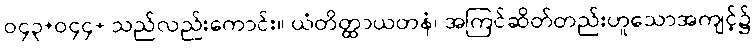
ဝ၄၃+ဝ၄၄+ သည်လည်းကောင်း။ ယံတိတ္ထာယတနံ၊ အကြင်ဆိတ်တည်းဟူသောအကျင့်၌